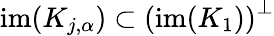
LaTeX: \mathrm{im}(K_{j,\alpha})\subset\left(\mathrm{im}(K_{1})\right)^{\perp}